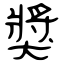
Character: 獎